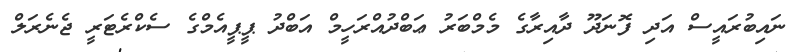
ނައިބުރައީސް އަދި ފޮނަދޫ ދާއިރާގެ މެމްބަރު ޢަބްދުއްރަހީމް އަބްދު ޕީޕީއެމްގެ ސެކްރެޓަރީ ޖެނެރަލް